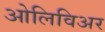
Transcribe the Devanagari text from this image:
ओलिविअर